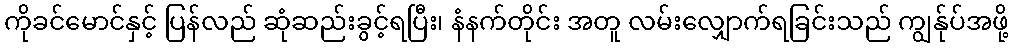
ကိုခင်မောင်နှင့် ပြန်လည် ဆုံဆည်းခွင့်ရပြီး၊ နံနက်တိုင်း အတူ လမ်းလျှောက်ရခြင်းသည် ကျွန်ုပ်အဖို့